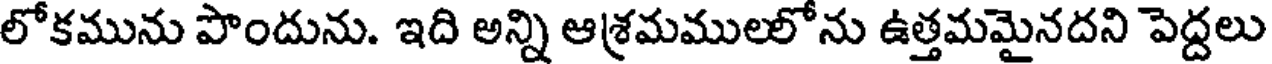
లోకమును పొందును. ఇది అన్ని ఆశ్రమములలోను ఉత్తమమైనదని పెద్దలు